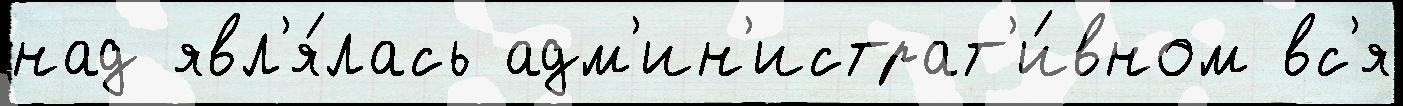
над явл'я́лась адм'ин'истрат'и́вном вс'я